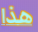
هذا